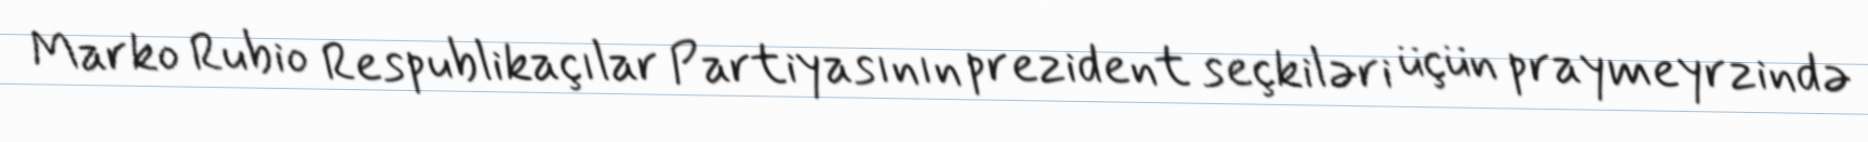
Marko Rubio Respublikaçılar Partiyasının prezident seçkiləri üçün praymeyrzində